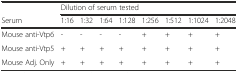
<table><thead><tr><td></td><td colspan="8"><b>Dilution of serum tested</b></td></tr><tr><td><b>Serum</b></td><td><b>1:16</b></td><td><b>1:32</b></td><td><b>1:64</b></td><td><b>1:128</b></td><td><b>1:256</b></td><td><b>1:512</b></td><td><b>1:1024</b></td><td><b>1:2048</b></td></tr></thead><tbody><tr><td>Mouse anti-Vtp6</td><td>-</td><td>-</td><td>-</td><td>-</td><td>+</td><td>+</td><td>+</td><td>+</td></tr><tr><td>Mouse anti-Vtp5</td><td>+</td><td>+</td><td>+</td><td>+</td><td>+</td><td>+</td><td>+</td><td>+</td></tr><tr><td>Mouse Adj. Only</td><td>+</td><td>+</td><td>+</td><td>+</td><td>+</td><td>+</td><td>+</td><td>+</td></tr></tbody></table>